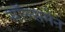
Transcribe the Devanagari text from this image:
सॉल्समेन